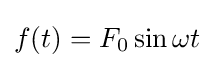
f(t)=F_{0}\sin \omega t